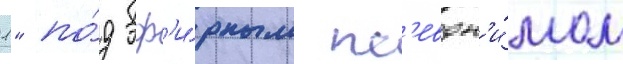
1" по́д эф'и́рным пс'евдон'и́мом